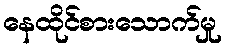
နေထိုင်စားသောက်မှု